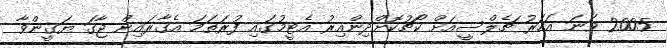
2005 ވަނަ އަހަރު ޗެލްސީއަށް ކޯޗުކޮށްދިންއިރު އެޓީމުގައި ފުރަތަމަ އެގާރައިން ޖާގަ ޔަގީންވާ